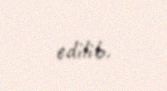
edilib.